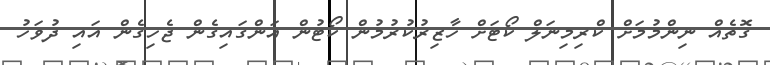
ގޮތެއް ނިންމުމަށް ކްރިމިނަލް ކޯޓަށް ހާޒިރުކުރުމުން ކޯޓުން އަންގައިގެން ޖެހިގެން އައި ދުވަހު